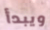
ويبدأ